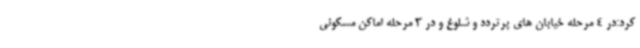
کرد:در 4 مرحله خیابان های پرتردد و شلوغ و در 3 مرحله اماکن مسکونی